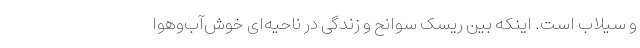
و سیلاب است. اینکه بین ریسک سوانح و زندگی در ناحیه‌ای خوش‌آب‌وهوا